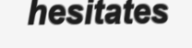
hesitates